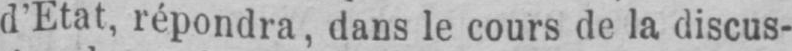
d’Etat, répondra, dans le cours de la discus-